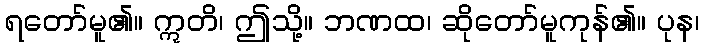
ရတော်မူ၏။ ဣတိ၊ ဤသို့။ ဘဏထ၊ ဆိုတော်မူကုန်၏။ ပုန၊